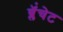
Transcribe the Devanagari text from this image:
ब्लॅंचेट